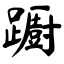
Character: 𨆼